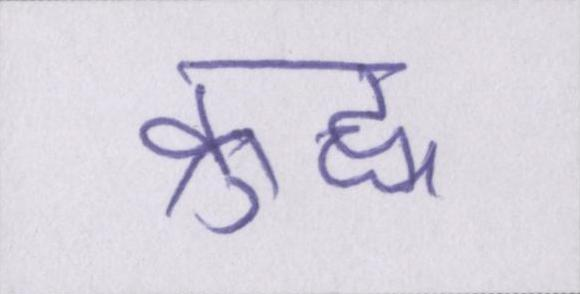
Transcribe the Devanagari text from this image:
क्रुद्ध